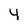
Character: 4